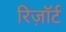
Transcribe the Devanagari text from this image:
रिज़ाॅर्ट